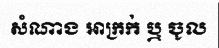
សំណាង អាក្រក់ ឬ ចូល